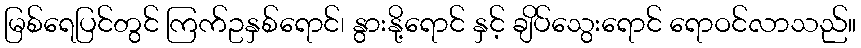
မြစ်ရေပြင်တွင် ကြက်ဥနှစ်ရောင်၊ နွားနို့ရောင် နှင့် ချိပ်သွေးရောင် ရောဝင်လာသည်။